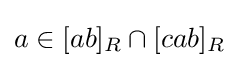
a\in [ab]_{R}\cap [cab]_{R}